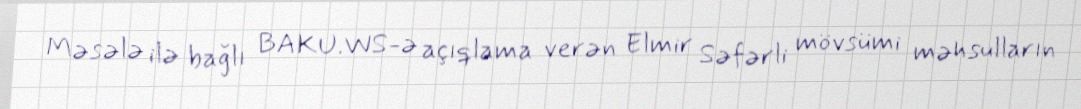
Məsələ ilə bağlı BAKU.WS-ə açıqlama verən Elmir Səfərli mövsümi məhsulların